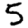
Digit: 5